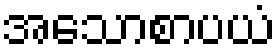
အသောစာပယံ